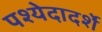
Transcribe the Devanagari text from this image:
पश्येदादर्शे